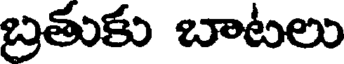
బ్రతుకు బాటలు